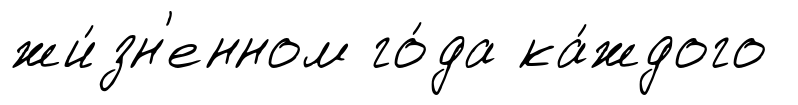
жи́зн'енном го́да ка́ждого